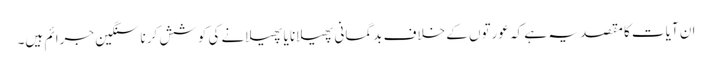
ان آیات کا مقصد یہ ہے کہ عورتوں کے خلاف بدگمانی پھیلانا یا پھیلانے کی کوشش کرنا سنگین جرائم ہیں۔